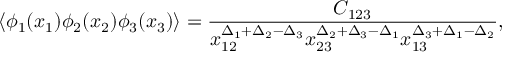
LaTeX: \langle \phi _ { 1 } ( x _ { 1 } ) \phi _ { 2 } ( x _ { 2 } ) \phi _ { 3 } ( x _ { 3 } ) \rangle = \frac { C _ { 1 2 3 } } { x _ { 1 2 } ^ { \Delta _ { 1 } + \Delta _ { 2 } - \Delta _ { 3 } } x _ { 2 3 } ^ { \Delta _ { 2 } + \Delta _ { 3 } - \Delta _ { 1 } } x _ { 1 3 } ^ { \Delta _ { 3 } + \Delta _ { 1 } - \Delta _ { 2 } } } ,